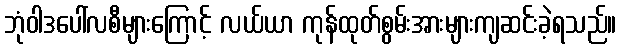
ဘုံဝါဒပေါ်လစီများကြောင့် လယ်ယာ ကုန်ထုတ်စွမ်းအားများကျဆင်းခဲ့ရသည်။